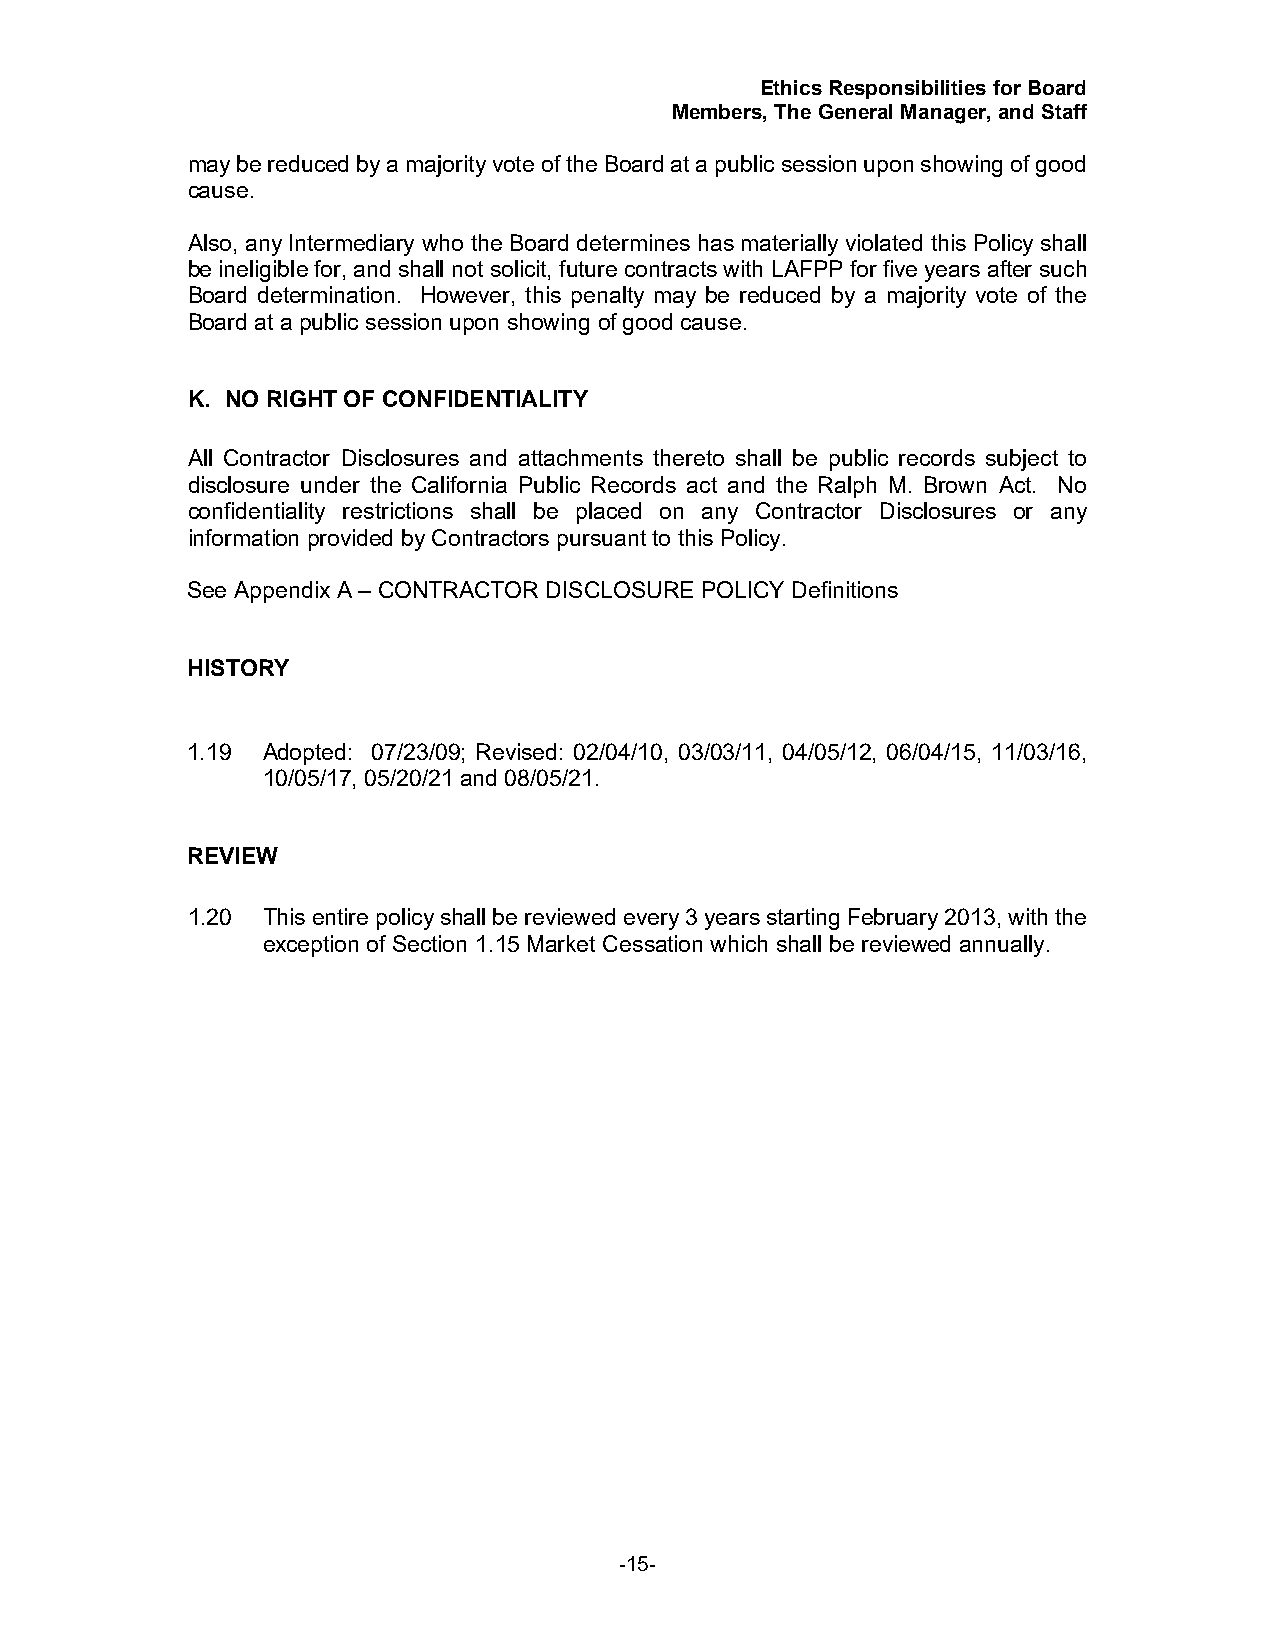
Ethics Responsibilities for Board
 Members, The General Manager, and Staff
 may be reduced by a majority vote of the Board at a public session upon showing of good
 cause.
 Also, any Intermediary who the Board determines has materially violated this Policy shall
 be ineligible for, and shall not solicit, future contracts with LAFPP for five years after such
 Board determination. However, this penalty may be reduced by a majority vote of the
 Board at a public session upon showing of good cause.
 K. NO RIGHT OF CONFIDENTIALITY
 All Contractor Disclosures and attachments thereto shall be public records subject to
 disclosure under the California Public Records act and the Ralph M. Brown Act. No
 confidentiality restrictions shall be placed on any Contractor Disclosures or any
 information provided by Contractors pursuant to this Policy.
 See Appendix A – CONTRACTOR DISCLOSURE POLICY Definitions
 HISTORY
 1.19 Adopted: 07/23/09; Revised: 02/04/10, 03/03/11, 04/05/12, 06/04/15, 11/03/16,
 10/05/17, 05/20/21 and 08/05/21.
 REVIEW
 1.20 This entire policy shall be reviewed every 3 years starting February 2013, with the
 exception of Section 1.15 Market Cessation which shall be reviewed annually.
 -15-